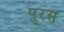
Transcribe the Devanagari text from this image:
पुरस